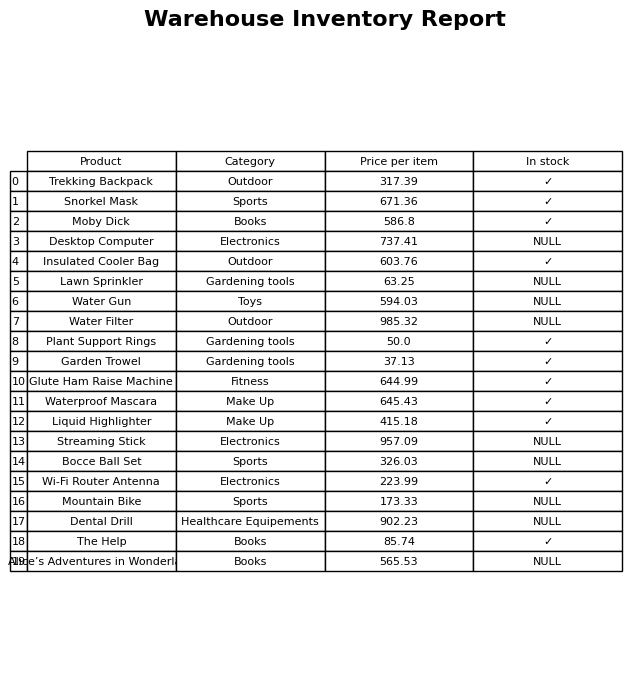
question: What is the price of the Bocce Ball Set?
answer: The price of Bocce Ball Set is 326.03.